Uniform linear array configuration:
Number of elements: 12
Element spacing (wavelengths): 1
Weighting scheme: binomial
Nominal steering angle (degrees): -45
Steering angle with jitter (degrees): -45.258
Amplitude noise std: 0.05
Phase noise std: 0.05

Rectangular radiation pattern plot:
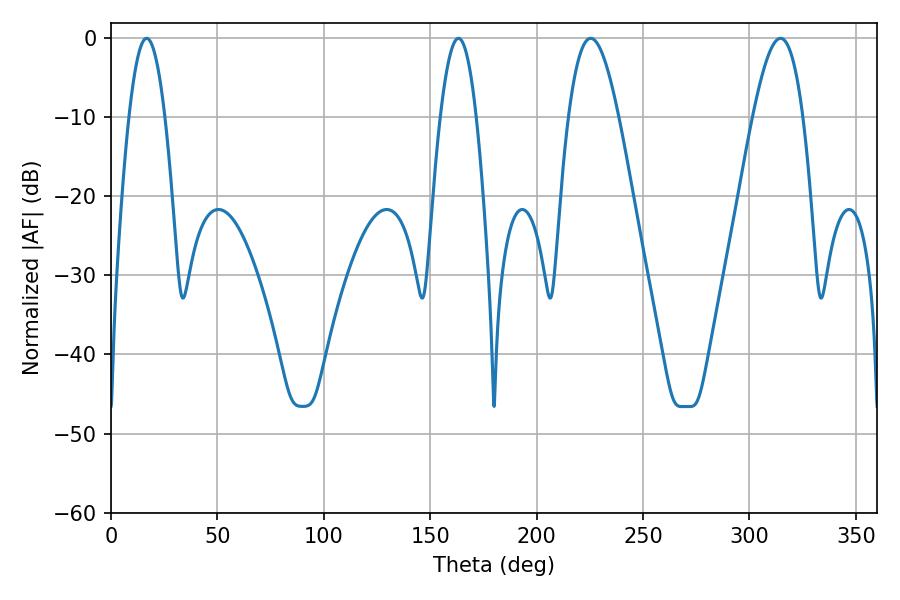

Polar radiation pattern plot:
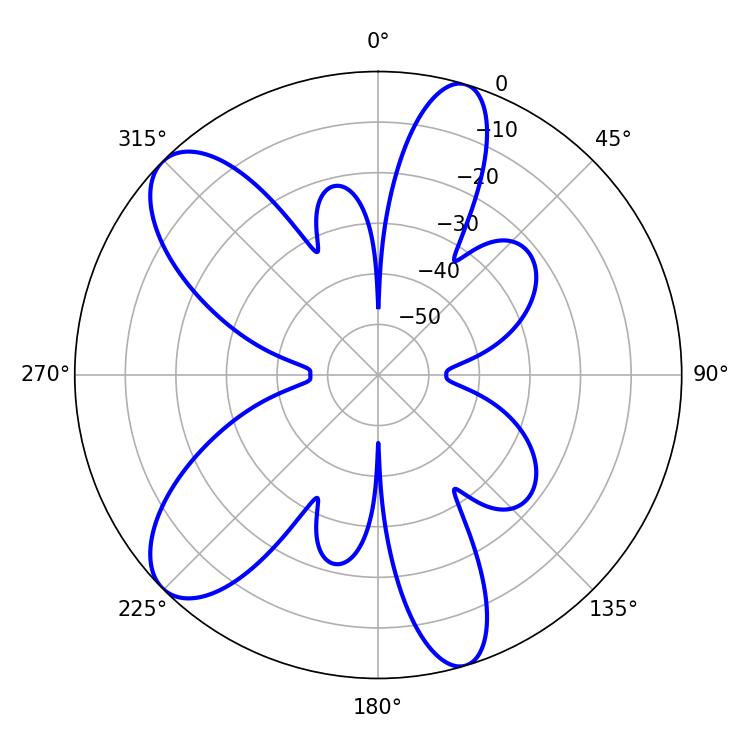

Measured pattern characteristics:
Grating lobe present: TRUE
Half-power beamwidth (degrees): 9.18
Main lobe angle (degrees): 163.26